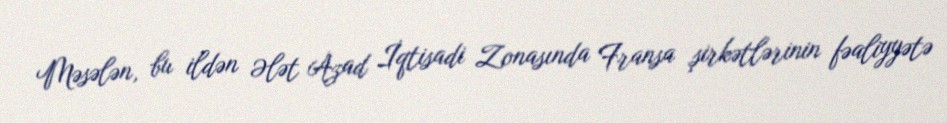
Məsələn, bu ildən Ələt Azad İqtisadi Zonasında Fransa şirkətlərinin fəaliyyətə